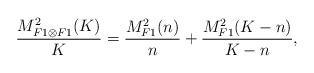
LaTeX: \begin{align*} \frac{M_{F1\otimes F1}^2(K)}{K} = \frac{M_{F1}^2(n)}{n} +\frac{M_{F1}^2(K-n)}{K-n},\end{align*}